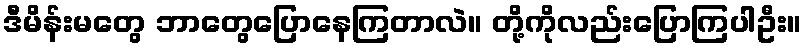
ဒီမိန်းမတွေ ဘာတွေပြောနေကြတာလဲ။ တို့ကိုလည်းပြောကြပါဦး။